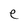
Character: e